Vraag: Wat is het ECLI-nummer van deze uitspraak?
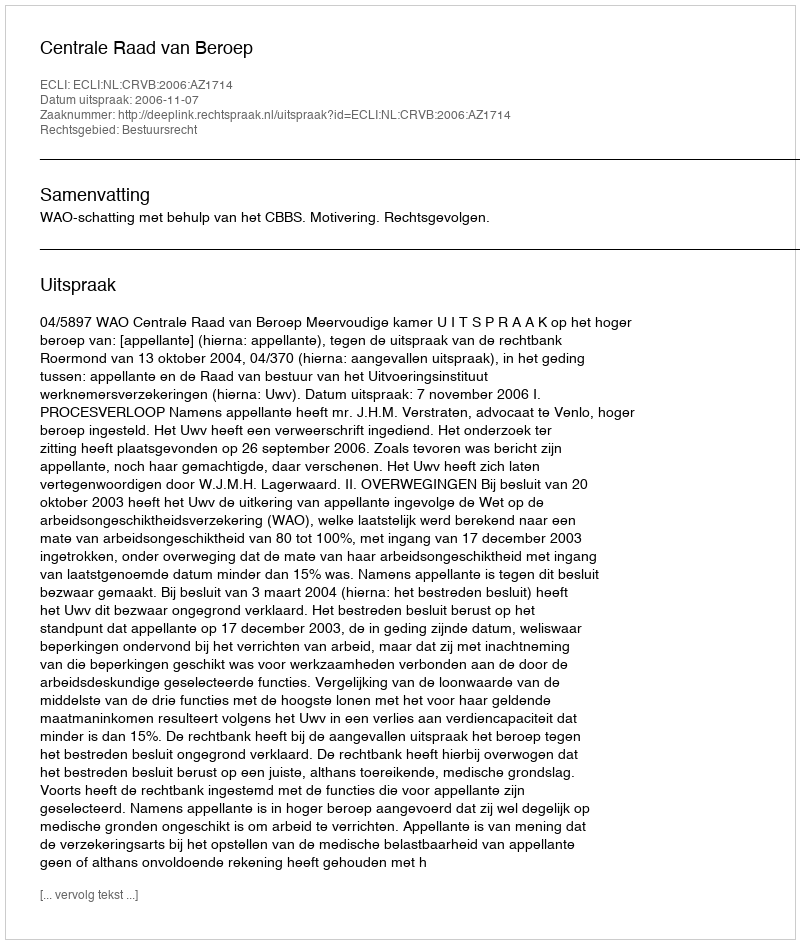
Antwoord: ECLI:NL:CRVB:2006:AZ1714